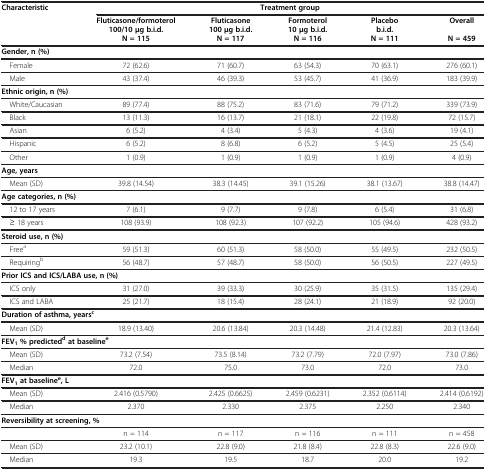
<table><thead><tr><td><b>Characteristic</b></td><td colspan="5"><b>Treatment group</b></td></tr><tr><td><b> </b></td><td><b>Fluticasone/formoterol 100/10 μg b.i.d. N = 115</b></td><td><b>Fluticasone 100 μg b.i.d. N = 117</b></td><td><b>Formoterol 10 μg b.i.d. N = 116</b></td><td><b>Placebo b.i.d. N = 111</b></td><td><b>Overall N = 459</b></td></tr></thead><tbody><tr><td><b>Gender, n (%)</b></td><td> </td><td> </td><td> </td><td> </td><td> </td></tr><tr><td> Female</td><td>72 (62.6)</td><td>71 (60.7)</td><td>63 (54.3)</td><td>70 (63.1)</td><td>276 (60.1)</td></tr><tr><td> Male</td><td>43 (37.4)</td><td>46 (39.3)</td><td>53 (45.7)</td><td>41 (36.9)</td><td>183 (39.9)</td></tr><tr><td colspan="6"><b>Ethnic origin, n (%)</b></td></tr><tr><td> White/Caucasian</td><td>89 (77.4)</td><td>88 (75.2)</td><td>83 (71.6)</td><td>79 (71.2)</td><td>339 (73.9)</td></tr><tr><td> Black</td><td>13 (11.3)</td><td>16 (13.7)</td><td>21 (18.1)</td><td>22 (19.8)</td><td>72 (15.7)</td></tr><tr><td> Asian</td><td>6 (5.2)</td><td>4 (3.4)</td><td>5 (4.3)</td><td>4 (3.6)</td><td>19 (4.1)</td></tr><tr><td> Hispanic</td><td>6 (5.2)</td><td>8 (6.8)</td><td>6 (5.2)</td><td>5 (4.5)</td><td>25 (5.4)</td></tr><tr><td> Other</td><td>1 (0.9)</td><td>1 (0.9)</td><td>1 (0.9)</td><td>1 (0.9)</td><td>4 (0.9)</td></tr><tr><td><b>Age, years</b></td><td> </td><td> </td><td> </td><td> </td><td> </td></tr><tr><td> Mean (SD)</td><td>39.8 (14.54)</td><td>38.3 (14.45)</td><td>39.1 (15.26)</td><td>38.1 (13.67)</td><td>38.8 (14.47)</td></tr><tr><td colspan="6"><b>Age categories, n (%)</b></td></tr><tr><td> 12 to 17 years</td><td>7 (6.1)</td><td>9 (7.7)</td><td>9 (7.8)</td><td>6 (5.4)</td><td>31 (6.8)</td></tr><tr><td> ≥ 18 years</td><td>108 (93.9)</td><td>108 (92.3)</td><td>107 (92.2)</td><td>105 (94.6)</td><td>428 (93.2)</td></tr><tr><td><b>Steroid use, n (%)</b></td><td> </td><td> </td><td> </td><td> </td><td> </td></tr><tr><td> Free<sup>a</sup></td><td>59 (51.3)</td><td>60 (51.3)</td><td>58 (50.0)</td><td>55 (49.5)</td><td>232 (50.5)</td></tr><tr><td> Requiring<sup>b</sup></td><td>56 (48.7)</td><td>57 (48.7)</td><td>58 (50.0)</td><td>56 (50.5)</td><td>227 (49.5)</td></tr><tr><td colspan="6"><b>Prior ICS and ICS/LABA use, n (%)</b></td></tr><tr><td> ICS only</td><td>31 (27.0)</td><td>39 (33.3)</td><td>30 (25.9)</td><td>35 (31.5)</td><td>135 (29.4)</td></tr><tr><td> ICS and LABA</td><td>25 (21.7)</td><td>18 (15.4)</td><td>28 (24.1)</td><td>21 (18.9)</td><td>92 (20.0)</td></tr><tr><td colspan="6"><b>Duration of asthma, years</b><sup>c</sup></td></tr><tr><td> Mean (SD)</td><td>18.9 (13.40)</td><td>20.6 (13.84)</td><td>20.3 (14.48)</td><td>21.4 (12.83)</td><td>20.3 (13.64)</td></tr><tr><td colspan="6"><b>FEV</b><sub>1</sub> % predicted<sup>d</sup> at baseline<sup>e</sup></td></tr><tr><td> Mean (SD)</td><td>73.2 (7.54)</td><td>73.5 (8.14)</td><td>73.2 (7.79)</td><td>72.0 (7.97)</td><td>73.0 (7.86)</td></tr><tr><td> Median</td><td>72.0</td><td>75.0</td><td>73.0</td><td>72.0</td><td>73.0</td></tr><tr><td colspan="6">FEV<sub>1</sub> at baseline<sup>e</sup>, L</td></tr><tr><td> Mean (SD)</td><td>2.416 (0.5790)</td><td>2.425 (0.6625)</td><td>2.459 (0.6231)</td><td>2.352 (0.6114)</td><td>2.414 (0.6192)</td></tr><tr><td> Median</td><td>2.370</td><td>2.330</td><td>2.375</td><td>2.250</td><td>2.340</td></tr><tr><td colspan="6"><b>Reversibility at screening, %</b></td></tr><tr><td> </td><td>n = 114</td><td>n = 117</td><td>n = 116</td><td>n = 111</td><td>n = 458</td></tr><tr><td> Mean (SD)</td><td>23.2 (10.1)</td><td>22.8 (9.0)</td><td>21.8 (8.4)</td><td>22.8 (8.3)</td><td>22.6 (9.0)</td></tr><tr><td> Median</td><td>19.3</td><td>19.5</td><td>18.7</td><td>20.0</td><td>19.2</td></tr></tbody></table>